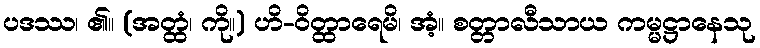
ပဒဿ၊ ၏။ (အတ္ထံ၊ ကို။) ဟိ-ဝိတ္ထာရေမိ၊ အံ့။ စတ္တာလီသာယ ကမ္မဋ္ဌာနေသု